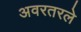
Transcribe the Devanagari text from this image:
अवरतरले